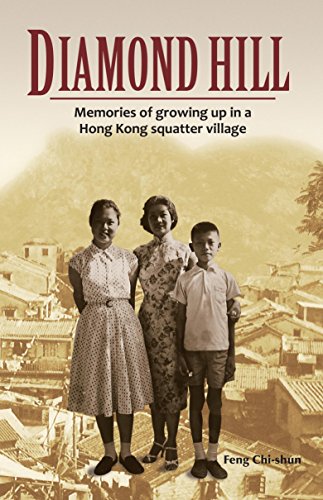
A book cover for Diamond Hill: Memories of Growing Up in a Hong Kong Squatter Village; Feng Chi-shun; History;